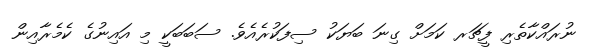
ނުރައްކާތެރި ފީޗަރ ކަމަށް ގިނަ ބަޔަކު ސިފަކުރެއެވެ. ސަބަބަކީ މި އައިނުގެ ކެމެރާއިން